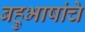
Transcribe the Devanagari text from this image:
बहुभाषांचे